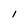
Character: 1